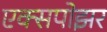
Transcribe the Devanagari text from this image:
एक्सपोझर